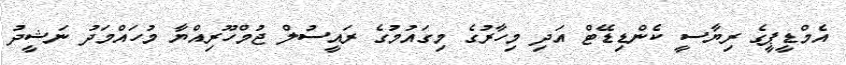
އެމްޑީޕީގެ ރިޔާސީ ކެންޑިޑޭޓް އަދި މިހާރުގެ މިގައުމުގެ ރައީސުލް ޖުމްހޫރިއްޔާ މުހައްމަދު ނަޝީދު